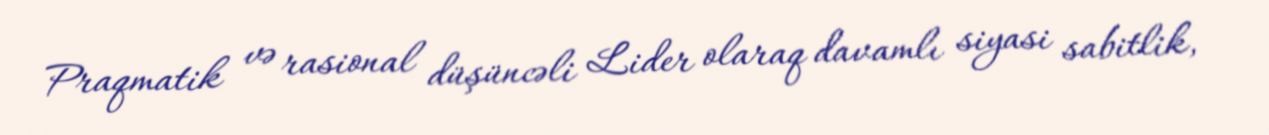
Praqmatik və rasional düşüncəli Lider olaraq davamlı siyasi sabitlik,